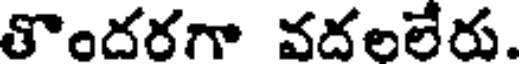
తొందరగా వదలలేరు.